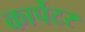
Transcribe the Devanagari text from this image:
कार्पेटर